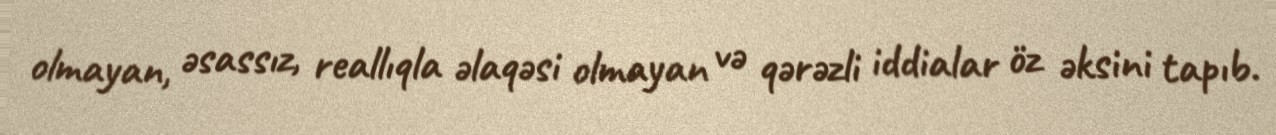
olmayan, əsassız, reallıqla əlaqəsi olmayan və qərəzli iddialar öz əksini tapıb.